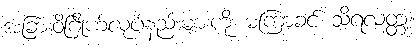
အခြားဝိဂြိုဟ်လုပ်နည်းများကို မကြာခင် သိရလတ္တံ့။